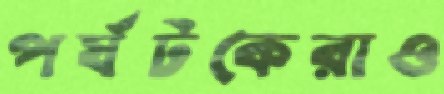
পর্যটকেরাও